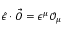
\hat { \epsilon } \cdot \vec { O } = \epsilon ^ { \mu } \mathcal { O } _ { \mu }